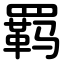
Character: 羁